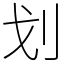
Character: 划